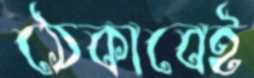
ঠেকাবেই